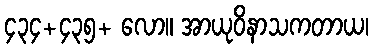
၄၃၄+၄၃၅+ လော။ အာယုဝိနာသကတာယ၊